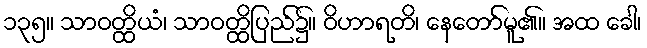
၁၃၅။ သာဝတ္ထိယံ၊ သာဝတ္ထိပြည်၌။ ဝိဟာရတိ၊ နေတော်မူ၏။ အထ ခေါ၊